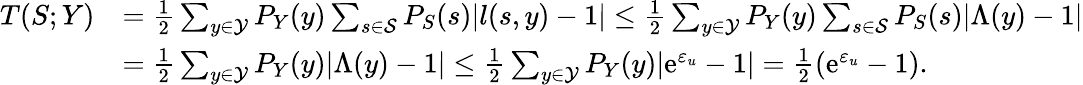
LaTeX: \begin{array}{rl}{\displaystyle T(S;Y)}&{=\frac{1}{2}\sum_{y\in\mathcal{Y}}P_{Y}(y)\sum_{s\in\mathcal{S}}P_{S}(s)|l(s,y)-1|\leq\frac{1}{2}\sum_{y\in\mathcal{Y}}P_{Y}(y)\sum_{s\in\mathcal{S}}P_{S}(s)|\Lambda(y)-1|}\\ &{=\frac{1}{2}\sum_{y\in\mathcal{Y}}P_{Y}(y)|\Lambda(y)-1|\leq\frac{1}{2}\sum_{y\in\mathcal{Y}}P_{Y}(y)|\mathrm{e}^{\varepsilon_{u}}-1|=\frac{1}{2}(\mathrm{e}^{\varepsilon_{u}}-1).}\end{array}